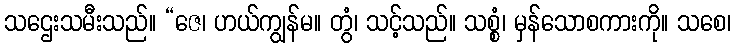
သဌေးသမီးသည်။ “ဇေ၊ ဟယ်ကျွန်မ။ တွံ၊ သင့်သည်။ သစ္စံ၊ မှန်သောစကားကို။ သစေ၊